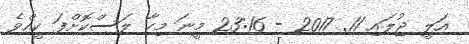
އަލީ ޖުލައި 11